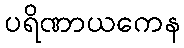
ပရိဏာယကေန